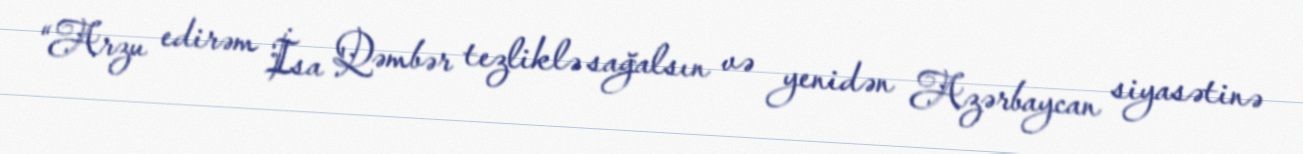
“Arzu edirəm İsa Qəmbər tezliklə sağalsın və yenidən Azərbaycan siyasətinə